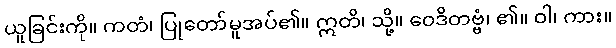
ယူခြင်းကို။ ကတံ၊ ပြုတော်မူအပ်၏။ ဣတိ၊ သို့။ ဝေဒိတဗ္ဗံ၊ ၏။ ဝါ၊ ကား။